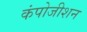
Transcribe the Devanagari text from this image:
कंपोजीशन